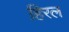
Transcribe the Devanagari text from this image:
हिरल